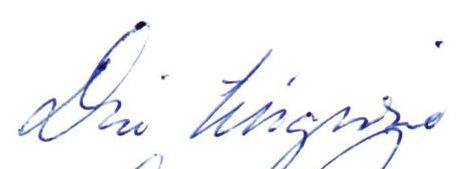
Din tillgivne